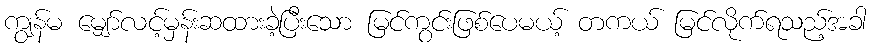
ကျွန်မ မျှော်လင့်မှန်းဆထားခဲ့ပြီးသော မြင်ကွင်းဖြစ်ပေမယ့် တကယ် မြင်လိုက်ရသည့်အခါ